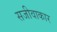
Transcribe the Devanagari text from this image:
सजीवाकार